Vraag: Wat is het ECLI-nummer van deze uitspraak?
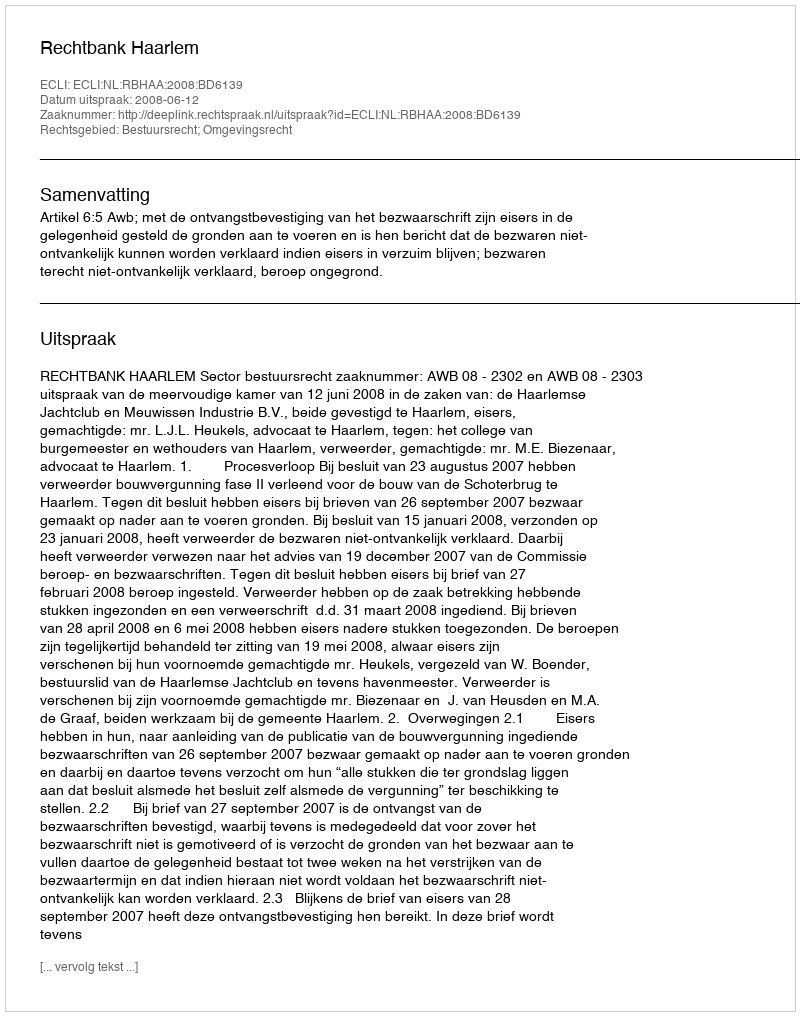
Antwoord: ECLI:NL:RBHAA:2008:BD6139